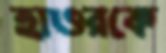
হাওরকে